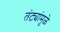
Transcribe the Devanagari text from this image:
तंट्यांमुळे